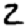
Digit: 2